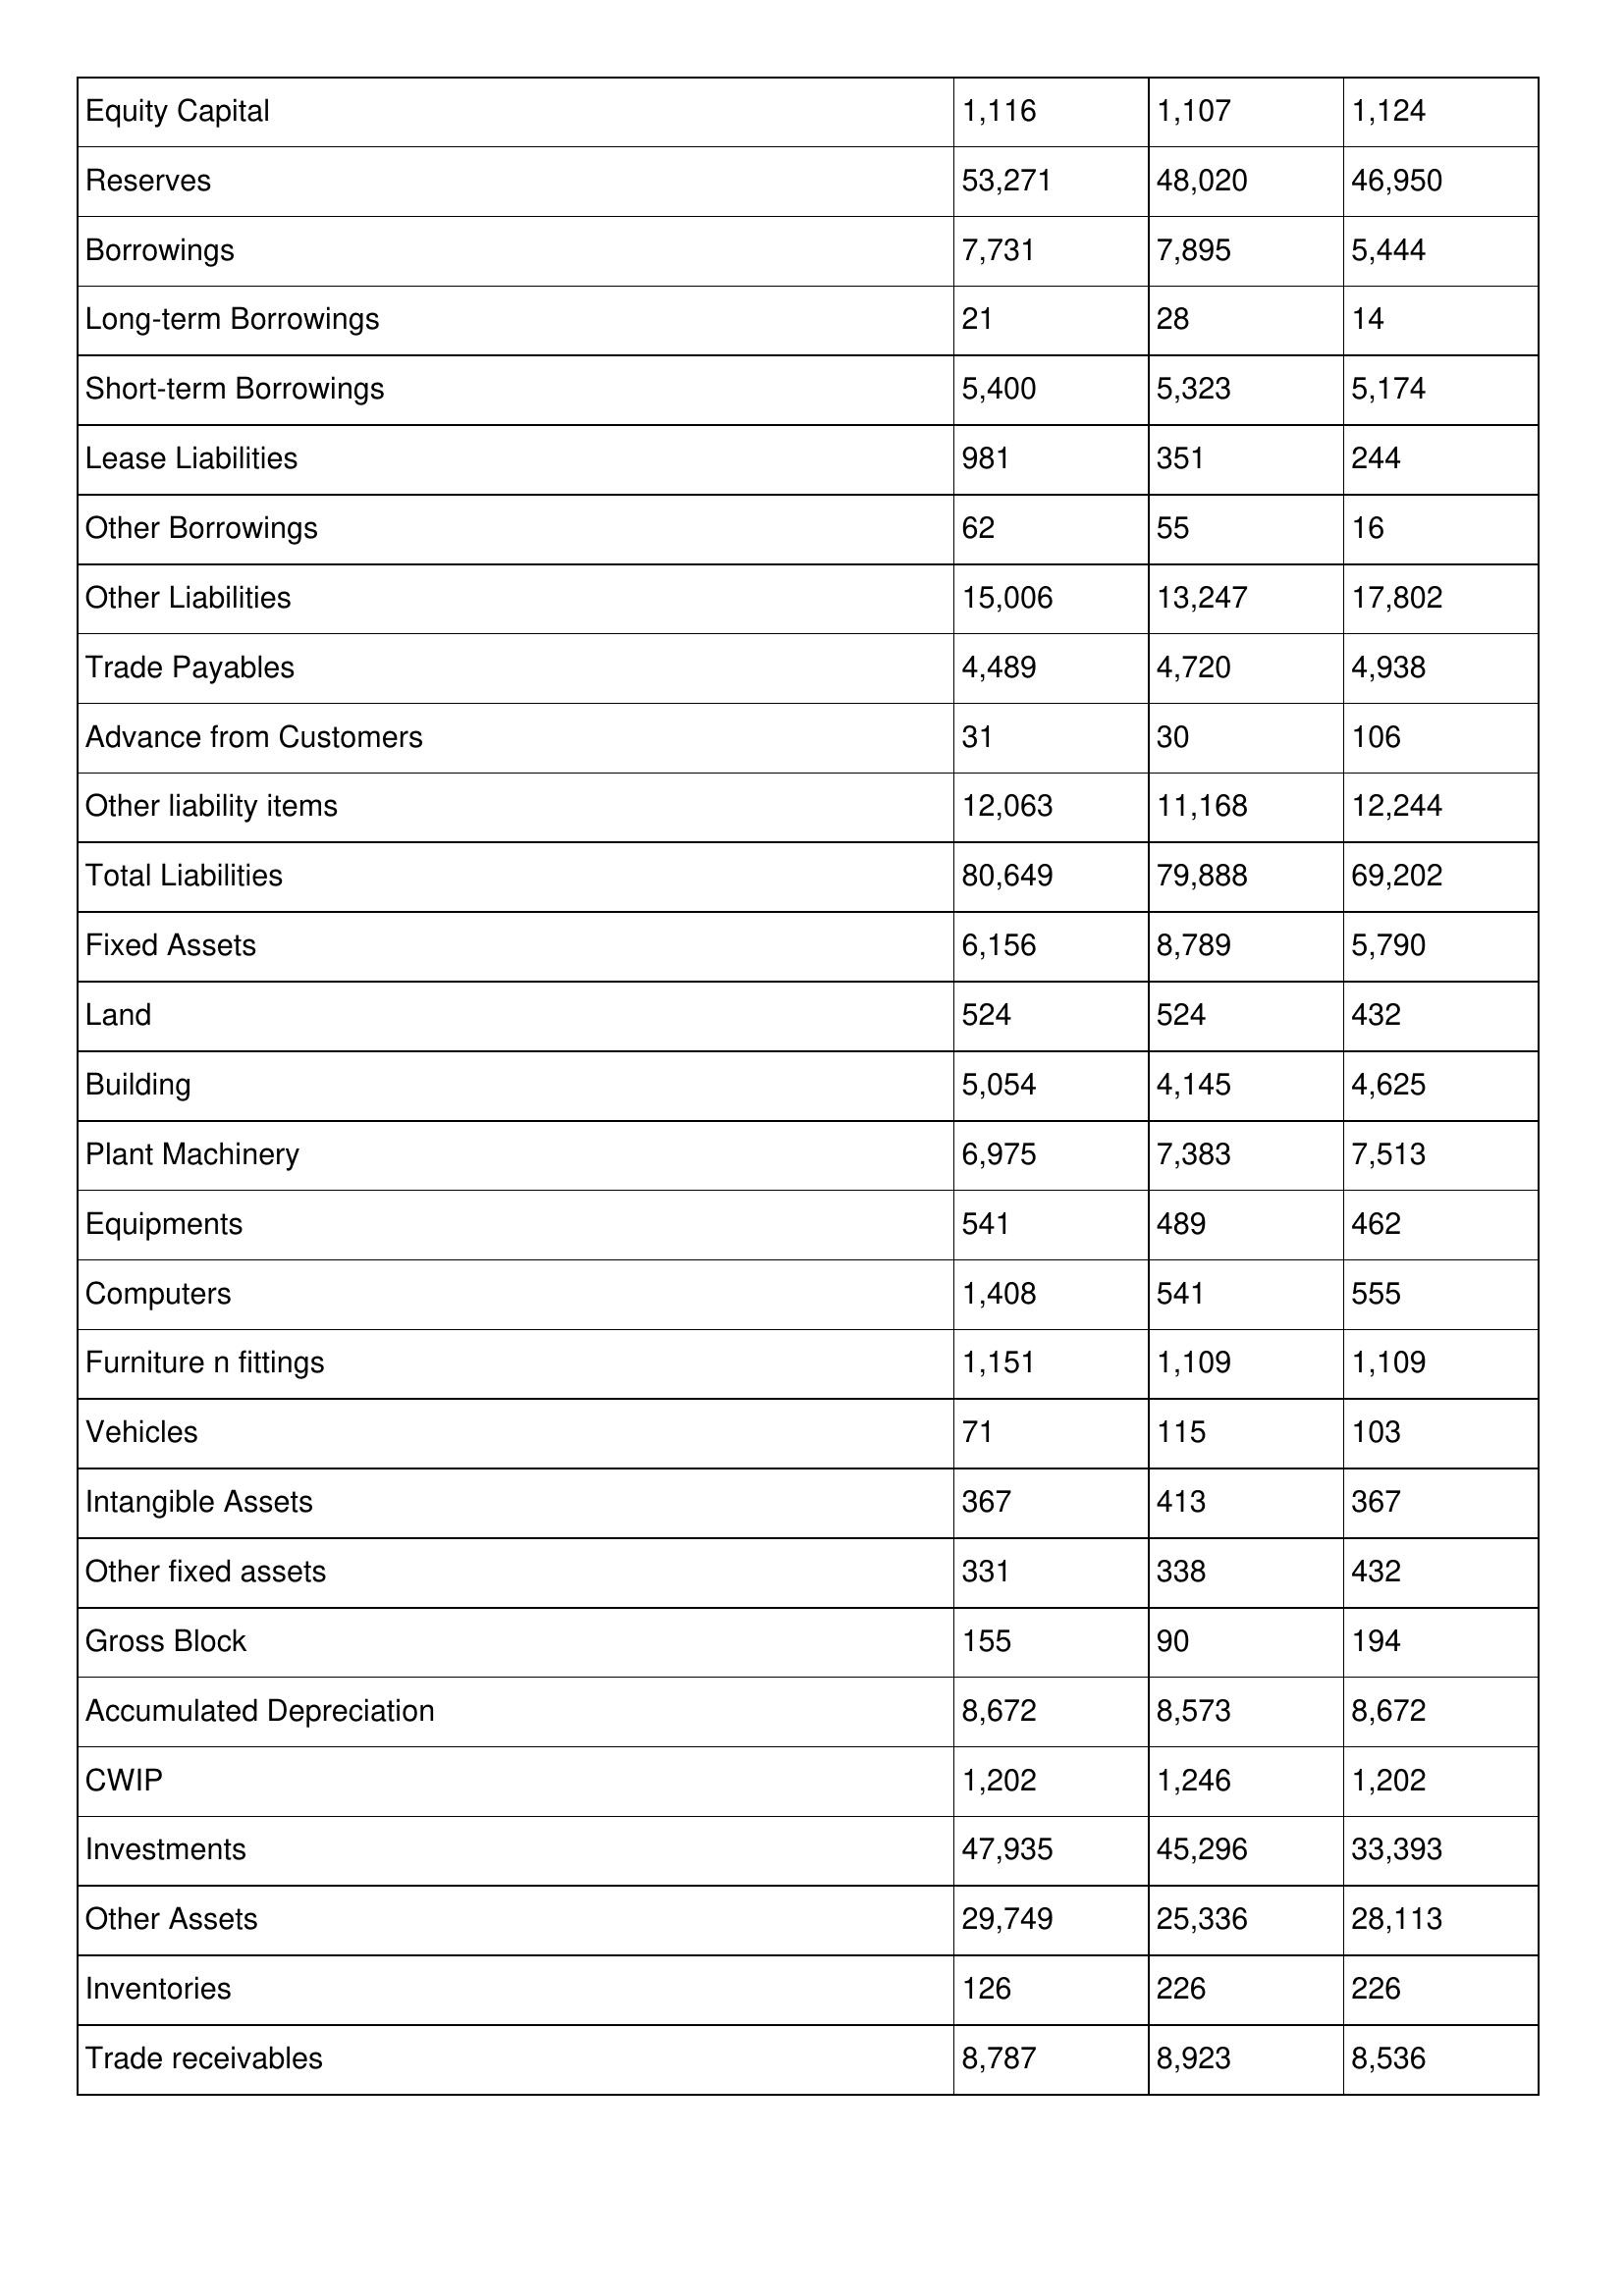
gt_parse: 2008: Balance Sheet: Equity Capital: 1,116
Reserves: 53,271
Borrowings: 7,731
Long-term Borrowings: 21
Short-term Borrowings: 5,400
Lease Liabilities: 981
Other Borrowings: 62
Other Liabilities: 15,006
Trade Payables: 4,489
Advance from Customers: 31
Other liability items: 12,063
Total Liabilities: 80,649
Fixed Assets: 6,156
Land: 524
Building: 5,054
Plant Machinery: 6,975
Equipments: 541
Computers: 1,408
Furniture n fittings: 1,151
Vehicles: 71
Intangible Assets: 367
Other fixed assets: 331
Gross Block: 155
Accumulated Depreciation: 8,672
CWIP: 1,202
Investments: 47,935
Other Assets: 29,749
Inventories: 126
Trade receivables: 8,787
2007: Balance Sheet: Equity Capital: 1,107
Reserves: 48,020
Borrowings: 7,895
Long-term Borrowings: 28
Short-term Borrowings: 5,323
Lease Liabilities: 351
Other Borrowings: 55
Other Liabilities: 13,247
Trade Payables: 4,720
Advance from Customers: 30
Other liability items: 11,168
Total Liabilities: 79,888
Fixed Assets: 8,789
Land: 524
Building: 4,145
Plant Machinery: 7,383
Equipments: 489
Computers: 541
Furniture n fittings: 1,109
Vehicles: 115
Intangible Assets: 413
Other fixed assets: 338
Gross Block: 90
Accumulated Depreciation: 8,573
CWIP: 1,246
Investments: 45,296
Other Assets: 25,336
Inventories: 226
Trade receivables: 8,923
2006: Balance Sheet: Equity Capital: 1,124
Reserves: 46,950
Borrowings: 5,444
Long-term Borrowings: 14
Short-term Borrowings: 5,174
Lease Liabilities: 244
Other Borrowings: 16
Other Liabilities: 17,802
Trade Payables: 4,938
Advance from Customers: 106
Other liability items: 12,244
Total Liabilities: 69,202
Fixed Assets: 5,790
Land: 432
Building: 4,625
Plant Machinery: 7,513
Equipments: 462
Computers: 555
Furniture n fittings: 1,109
Vehicles: 103
Intangible Assets: 367
Other fixed assets: 432
Gross Block: 194
Accumulated Depreciation: 8,672
CWIP: 1,202
Investments: 33,393
Other Assets: 28,113
Inventories: 226
Trade receivables: 8,536